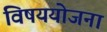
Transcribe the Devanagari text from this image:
विषययोजना